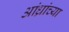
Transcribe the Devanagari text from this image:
आंध्रांच्या